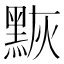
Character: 𪑀